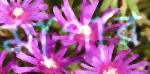
মাপার